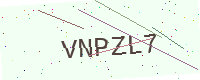
Text: VNPZL7